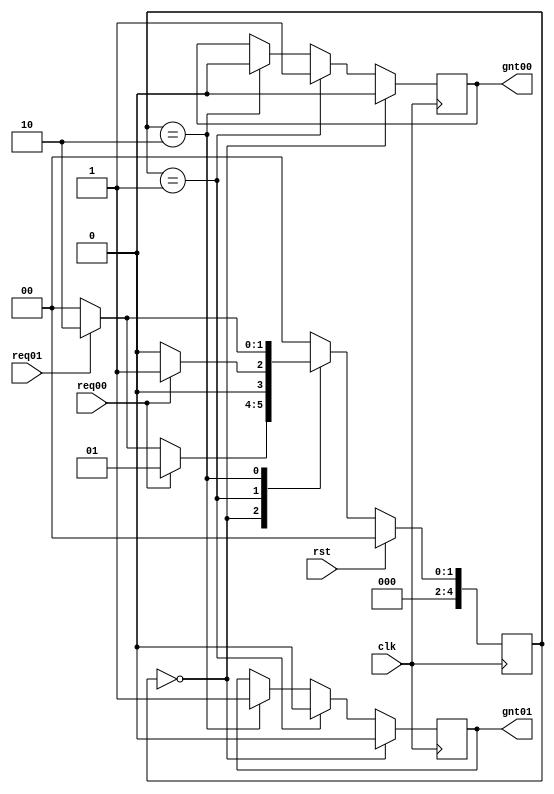
`timescale 1ns / 1ps
//////////////////////////////////////////////////////////////////////////////////
// Company: 
// Engineer: 
// 
// Design Name: 
// Module Name: arbiter
// Project Name: 
// Target Devices: 
// Tool Versions: 
// Description: 
// 
// Dependencies: 
// 
// Revision:
// Revision 0.01 - File Created
// Additional Comments:
// 
//////////////////////////////////////////////////////////////////////////////////


module arbiter0(gnt01,gnt00,req01,req00,clk,rst);

   output reg gnt01,gnt00;
   input      req01,req00;
   input      clk,rst;

   parameter idle=5'b00000;
   parameter GNT1=5'b00010;
   parameter GNT0=5'b00001;

   reg [4:0]  state,next_state;

   always @ (posedge clk)
     begin
    if(rst)
      state=idle;
    else
      state=next_state;
     end

   always @ (state,req01,req00)
     begin
    next_state=0;

    case (state)

      idle:begin

         if(req00)
           next_state=GNT0;
         else if(req01)
           next_state=GNT1;
         else
           next_state=idle;
      end // case: idle

      GNT0:begin

         if(req00)
           next_state=GNT0;
         else
           next_state=idle;
      end

      GNT1:begin
         if(req01)
           next_state=GNT1;
         else
           next_state=idle;
      end

    endcase // case (state)
     end // always @ (state,req3,req2,req1,req0)

//always @ (state)
always @ (posedge clk)
/*begin
if(rst) begin
gnt04=0;
      gnt03=0;
      gnt02=0;
      gnt01=0;
      gnt00=0;
		end
		else if(clk) */

  begin
     if(state==idle) begin
        gnt01=0;
        gnt00=0;
     end
     else if(state==GNT0) begin
        gnt01=0;
        gnt00=1;
		$display("value of grant %d", gnt00);
     end
     else if(state==GNT1) begin
        gnt01=1;
        gnt00=0;
     end
  end // always @ (state)
//end
endmodule